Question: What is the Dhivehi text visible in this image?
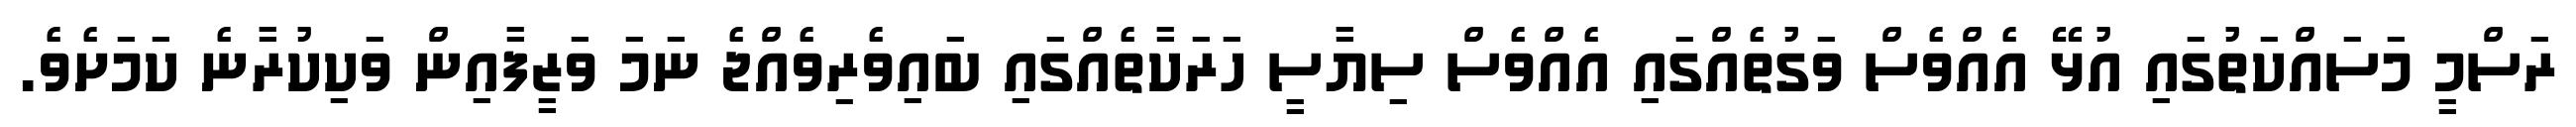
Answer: ރަސްމީ މަސައްކަތުގައި އުޅޭ އެއްވެސް ވަގުތެއްގައި އެއްވެސް ސިޔާސީ ހަރަކާތެއްގައި ބައިވެރިވެއްޖެ ނަމަ ވަޒީފާއިން ވަކިކުރާނެ ކަމަށެވެ.